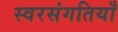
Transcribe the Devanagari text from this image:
स्वरसंगतियाँ